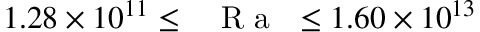
1 . 2 8 \times 1 0 ^ { 1 1 } \leq \mathrm { ~ \textit ~ { ~ R ~ a ~ } ~ } \leq 1 . 6 0 \times 1 0 ^ { 1 3 }